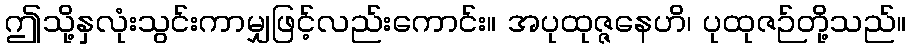
ဤသို့နှလုံးသွင်းကာမျှဖြင့်လည်းကောင်း။ အပုထုဇ္ဇနေဟိ၊ ပုထုဇဉ်တို့သည်။